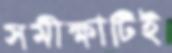
সমীক্ষাটিই